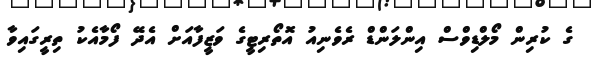
ގެ ކުރިން މޯލްޑިވްސް އިންލަންޑް ރެވެނިއު އޮތޯރިޓީގެ ވަޒީފާއަށް އެދޭ ފޯމާއެކު ތިރީގައިވާ